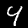
Label: 4